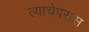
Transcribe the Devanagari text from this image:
त्याचेपरास